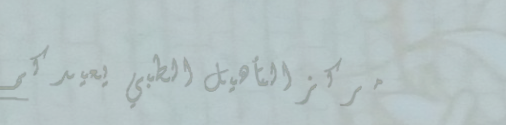
مركز التأهيل الطبي يعيدكم